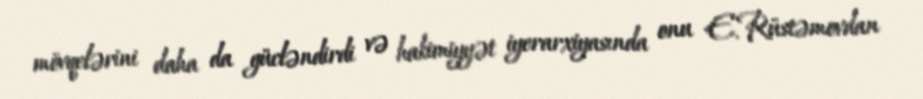
mövqelərini daha da gücləndirdi və hakimiyyət iyerarxiyasında onu E.Rüstəmovdan